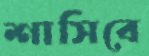
শাসিবে